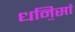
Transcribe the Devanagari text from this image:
धनि॒सां